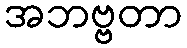
အဘဗ္ဗတာ